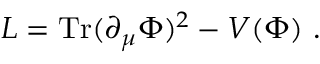
L = \mathrm { T r } ( \partial _ { \mu } \Phi ) ^ { 2 } - V ( \Phi ) \ .